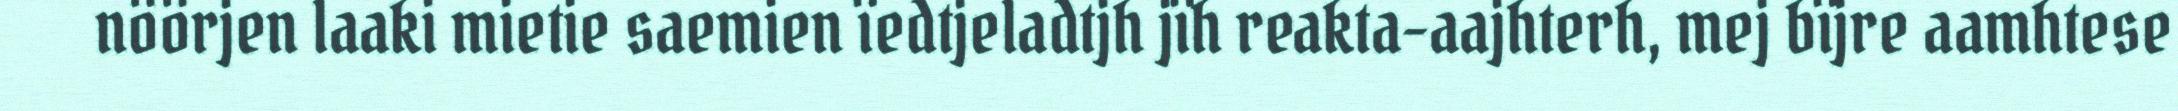
nöörjen laaki mietie saemien ïedtjeladtjh jïh reakta-aajhterh, mej bïjre aamhtese